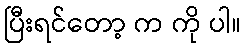
ပြီးရင်တော့ က ကို ပါ။